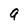
Character: 9